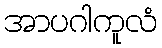
အာပဂါကူလံ